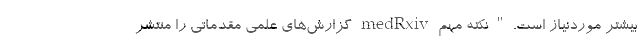
بیشتر موردنیاز است. " نکته مهم medRxiv گزارش‌های علمی مقدماتی را منتشر